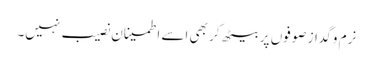
نرم و گداز صوفوں پر بیٹھ کر بھی اسے اطمینان نصیب نہیں۔